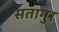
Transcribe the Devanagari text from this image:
सतागुर